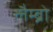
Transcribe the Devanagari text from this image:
लैम्ब्रो